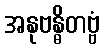
အနုဗန္ဓိတဗ္ဗံ